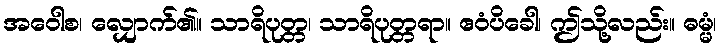
အဝေါစ၊ လျှောက်၏။ သာရိပုတ္တ၊ သာရိပုတ္တရာ။ ဧဝံပိခေါ၊ ဤသို့လည်း။ ဓမ္မံ၊